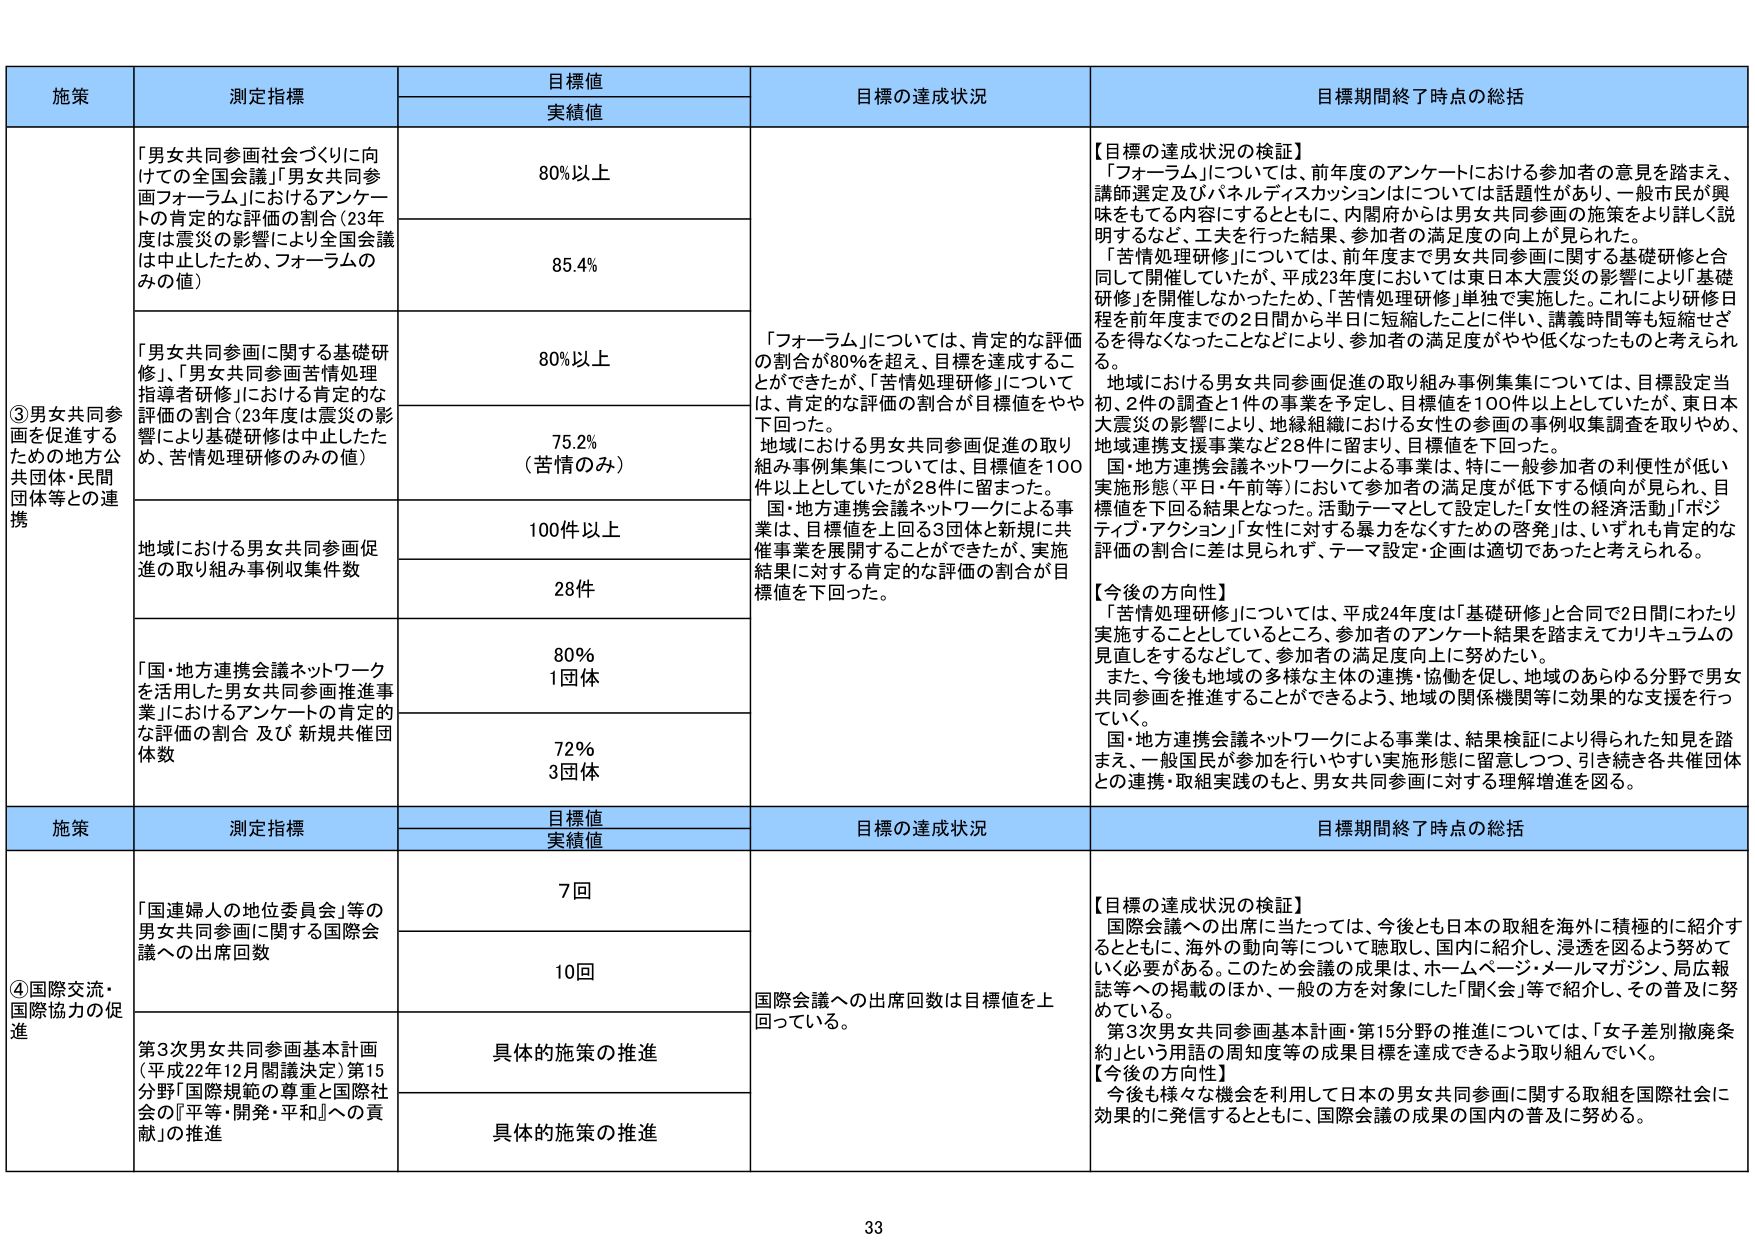
施策 測定指標 目標値 実績値 目標の達成状況 目標期間終了時点の総括
③男女共同参画を促進するための地方公共団体・民間団体等との連携
「男女共同参画社会づくりに向けての全国会議」「男女共同参画フォーラム」におけるアンケートの肯定的な評価の割合（23年度は震災の影響により全国会議は中止したため、フォーラムのみの値）
80%以上
85.4%
「フォーラム」については、肯定的な評価の割合が80%を超え、目標を達成することができたが、「苦情処理研修」については、肯定的な評価の割合が目標値をやや下回った。
地域における男女共同参画促進の取り組み事例収集については、目標値を100件以上としていたが28件に留まった。
国・地方連携会議ネットワークによる事業は、特に一般参加者の利便性が低い実施形態（平日・午前等）において参加者の満足度が低下する傾向が見られ、目標値を下回る結果となった。活動テーマとして設定した「女性の経済活動」「ポジティブ・アクション」「女性に対する暴力をなくすための啓発」は、いずれも肯定的な評価の割合に差は見られず、テーマ設定・企画は適切であったと考えられる。
【目標の達成状況の検証】
「フォーラム」については、前年度のアンケートにおける参加者の意見を踏まえ、講師選定及びパネルディスカッションはについては話題性があり、一般市民が興味をもてる内容とともに、内閣府からは男女共同参画の施策をより詳しく説明するなど、工夫を行った結果、参加者の満足度の向上が見られた。
「苦情処理研修」については、前年度まで男女共同参画に関する基礎研修と合同して開催していたが、平成23年度においては東日本大震災の影響により「基礎研修」を開催しなかったため、「苦情処理研修」単独で実施した。これにより研修日程を前年度までの2日間から半日に短縮したことにより、講義時間等も短縮せざるを得なくなったことなどにより、参加者の満足度がやや低くなったものと考えられる。
地域における男女共同参画促進の取り組み事例収集については、目標設定当初、2件の調査と1件の事業を予定し、目標値を100件以上としていたが、東日本大震災の影響により、地縁組織における女性の事例収集調査を取りやめ、地域連携支援事業など28件に留まり、目標値を下回った。
「男女共同参画に関する基礎研修」、「男女共同参画苦情処理指導者研修」における肯定的な評価の割合（23年度は震災の影響により基礎研修は中止したため、苦情処理研修のみの値）
80%以上
75.2% （苦情のみ）
地域における男女共同参画促進の取り組み事例収集件数
100件以上
28件
「国・地方連携会議ネットワークを活用した男女共同参画推進事業」におけるアンケートの肯定的な評価の割合 及び 新規共催団体数
80% 1団体
72% 3団体
【今後の方向性】
「苦情処理研修」については、平成24年度は「基礎研修」と合同で2日間にわたり実施することとしているところ、参加者のアンケート結果を踏まえてカリキュラムの見直しをするなどして、参加者の満足度向上に努めたい。
また、今後も地域の多様な主体の連携・協働を促し、地域のあらゆる分野で男女共同参画を推進することができるよう、地域の関係機関等に効果的な支援を行っていく。
国・地方連携会議ネットワークによる事業は、結果検証により得られた知見を踏まえ、一般国民が参加を行いやすい実施形態に留意しつつ、引き続き各共催団体との連携・取組実践のもと、男女共同参画に対する理解増進を図る。
施策 測定指標 目標値 実績値 目標の達成状況 目標期間終了時点の総括
④国際交流・国際協力の促進
「国連婦人の地位委員会」等の男女共同参画に関する国際会議への出席回数
7回
10回
国際会議への出席回数は目標値を上回っている。
【目標の達成状況の検証】
国際会議への出席に当たっては、今後とも日本の取組を海外に積極的に紹介するとともに、海外の動向等について聴取し、国内に紹介し、浸透を図るよう努めていく必要がある。このため会議の成果は、ホームページ・メールマガジン、局広報誌等への掲載のほか、一般の方を対象にした「聞く会」等で紹介し、その普及に努めている。
第3次男女共同参画基本計画・第15分野の推進については、「女子差別撤廃条約」という用語の周知度等の成果目標を達成できるよう取り組んでいく。
【今後の方向性】
今後も様々な機会を利用して日本の男女共同参画に関する取組を国際社会に効果的に発信するとともに、国際会議の成果の国内の普及に努める。
第3次男女共同参画基本計画（平成22年12月閣議決定）第15分野「国際規範の尊重と国際社会の『平等・開発・平和』への貢献」の推進
具体的施策の推進
具体的施策の推進
33